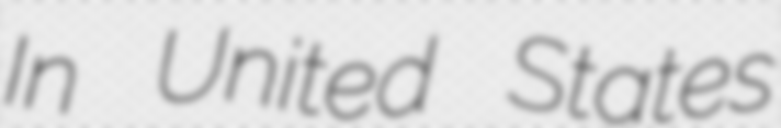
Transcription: In United States